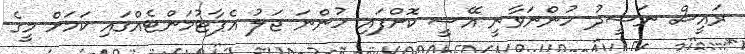
ރައީސް ނަޝީދު ހުންނަވާނީ އޭސީ ކޮށްފައި ހުންނަ ޖަލު އެޕާޓުމަންޓެއްގައި ކަމަށް މީގެ